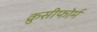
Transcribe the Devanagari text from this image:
क्रुसीफोर्म